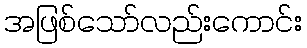
အဖြစ်သော်လည်းကောင်း